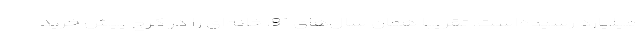
میلیارد رسیده‌است. تقریبا همان سال‌های 91، خانه‌ای را در کرج پیش خرید